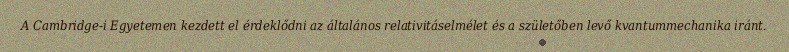
A Cambridge-i Egyetemen kezdett el érdeklődni az általános relativitáselmélet és a születőben levő kvantummechanika iránt.